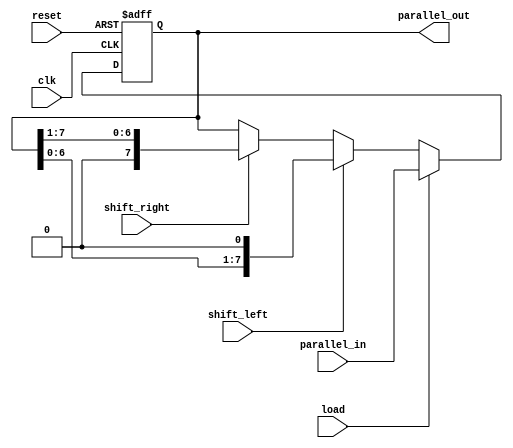
module shift_register (
    input wire clk,                // Clock signal
    input wire reset,              // Reset signal
    input wire shift_left,         // Control signal to shift left
    input wire shift_right,        // Control signal to shift right
    input wire load,               // Control signal to load data
    input wire [7:0] parallel_in,  // Parallel input data
    output reg [7:0] parallel_out   // Parallel output data
);

    // Internal register to hold the shift register data
    reg [7:0] shift_reg;

    // Always block triggered on the rising edge of the clock
    always @(posedge clk or posedge reset) begin
        if (reset) begin
            // Reset the shift register to zero
            shift_reg <= 8'b0;
        end else if (load) begin
            // Load parallel data into the shift register
            shift_reg <= parallel_in;
        end else if (shift_left) begin
            // Shift left operation
            shift_reg <= {shift_reg[6:0], 1'b0}; // Shift left and fill with 0
        end else if (shift_right) begin
            // Shift right operation
            shift_reg <= {1'b0, shift_reg[7:1]}; // Shift right and fill with 0
        end
    end

    // Assign the output to the current state of the shift register
    always @(*) begin
        parallel_out = shift_reg;
    end

endmodule